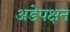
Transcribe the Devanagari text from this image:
अडेपक्षन